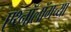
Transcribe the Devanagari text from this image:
एथ्नॉलॉगच्या